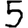
Digit: 5